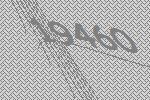
19460